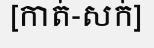
[កាត់-សក់]